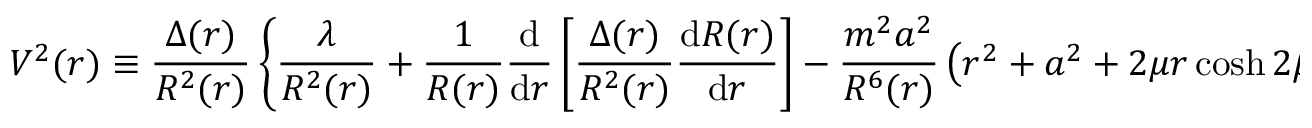
V ^ { 2 } ( r ) \equiv { \frac { \Delta ( r ) } { R ^ { 2 } ( r ) } } \left\{ \frac { \lambda } { R ^ { 2 } ( r ) } + \frac { 1 } { R ( r ) } \frac { \mathrm { d } } { \mathrm { d } r } \left[ \frac { \Delta ( r ) } { R ^ { 2 } ( r ) } \frac { \mathrm { d } R ( r ) } { \mathrm { d } r } \right] - \frac { m ^ { 2 } a ^ { 2 } } { R ^ { 6 } ( r ) } \left( r ^ { 2 } + a ^ { 2 } + 2 \mu r \cosh 2 \beta \right) \right\} .